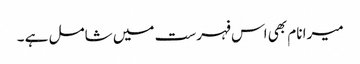
میرا نام بھی اس فہرست میں شامل ہے ۔